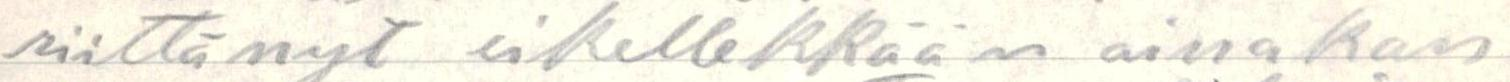
riittänyt eikellekkään ainakan